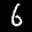
Label: 6